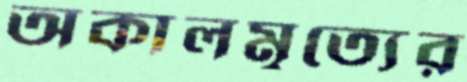
অকালমৃত্যের